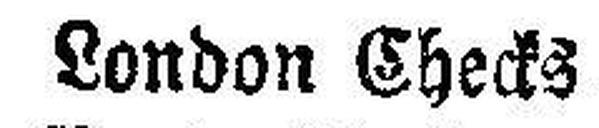
London Checks